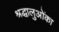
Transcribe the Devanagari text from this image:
श्रद्धालुओंका